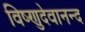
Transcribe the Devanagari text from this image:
विष्णुदेवानन्द